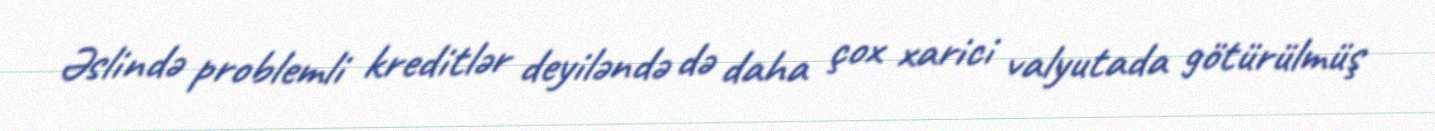
Əslində problemli kreditlər deyiləndə də daha çox xarici valyutada götürülmüş